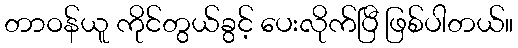
တာဝန်ယူ ကိုင်တွယ်ခွင့် ပေးလိုက်ပြီ ဖြစ်ပါတယ်။